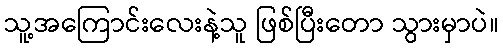
သူ့အကြောင်းလေးနဲ့သူ ဖြစ်ပြီးတော သွားမှာပဲ။